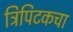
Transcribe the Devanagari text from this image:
त्रिपिटकचा